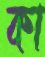
কা